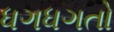
ધગધગતો